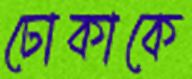
ঢোকাকে